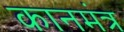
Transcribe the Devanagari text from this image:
कानमंत्र